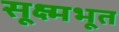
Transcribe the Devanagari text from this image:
सूक्ष्मभूत